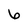
Character: 6